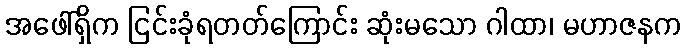
အဖေါ်ရှိက ငြင်းခုံရတတ်ကြောင်း ဆုံးမသော ဂါထာ၊ မဟာဇနက